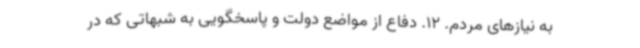
به نیازهای مردم. 12. دفاع از مواضع دولت و پاسخگویی به شبهاتی که در